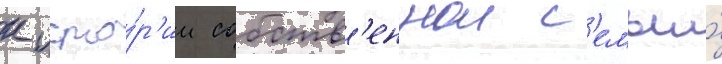
к исто́р'ии собств'еннои с'емьи́